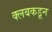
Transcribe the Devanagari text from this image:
क्‍लबकडून